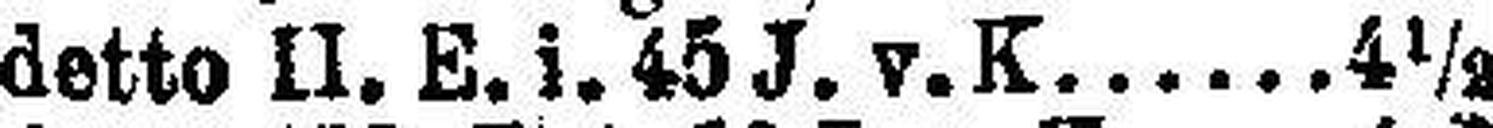
detto II. E. i. 45 J. v. K. 4½